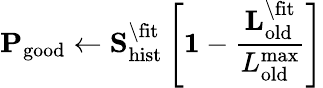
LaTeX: \mathbf{P}_{\mathrm{good}}\leftarrow\mathbf{S}_{\mathrm{hist}}^{\backslash\mathrm{fit}}\left[\mathbf{1}-\frac{\mathbf{L}_{\mathrm{old}}^{\backslash\mathrm{fit}}}{L_{\mathrm{old}}^{\mathrm{max}}}\right]